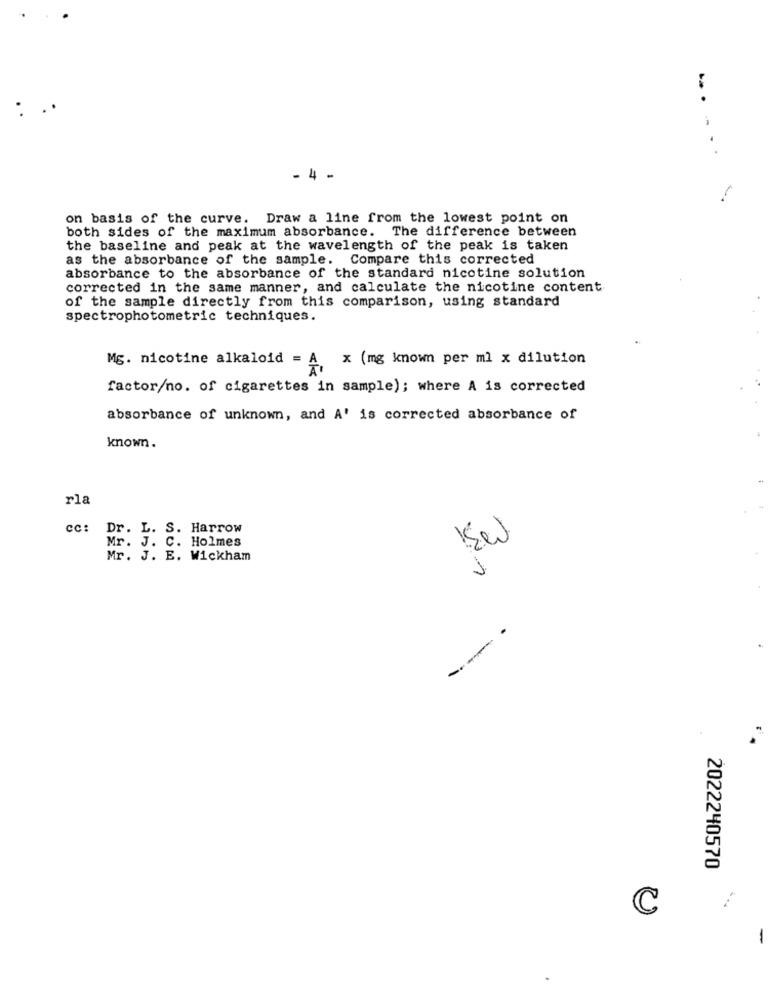
.
-4 -
-
on basis of the curve. Draw a line from the lowest point on
both sides of the maximum absorbance. The difference between
the baseline and peak at the wavelength of the peak is taken
as the absorbance of the sample. Compare this corrected
absorbance to the absorbance of the standard nicotine solution
corrected in the same manner, and calculate the nicotine content
of the sample directly from this comparison, using standard
spectrophotometric techniques.
Mg. nicotine alkaloid = A x (mg known per ml x dilution
factor/no. of cigarettes in sample); where A is corrected
absorbance of unknown, and A' is corrected absorbance of
known.
rla
cc: Dr. L. S. Harrow
Mr. J. C. Holmes
Mr. J. E. Wickham
--
2022240570
4.
C